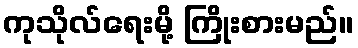
ကုသိုလ်ရေးမို့ ကြိုးစားမည်။